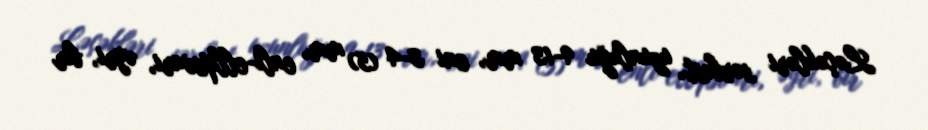
Ləçəkləri sərbəst, uzunluğu 9-13 mm, eni 3-4 (5) mm, enli-ellipsvari, əyri, bir